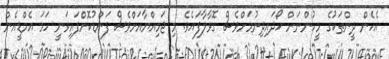
އެހެން ދީންތަކުގެ މީހުންނަށް ހޯދައިދިނުމަށްވެސް ގޮވާލާފައެވެ. މި ޖަމިއްޔާއަށްވެސް ފަންޑުކޮށްފައިވަނީ ހަމަ އެމްޑީއެން